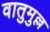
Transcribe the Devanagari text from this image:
वातुमुल्ल